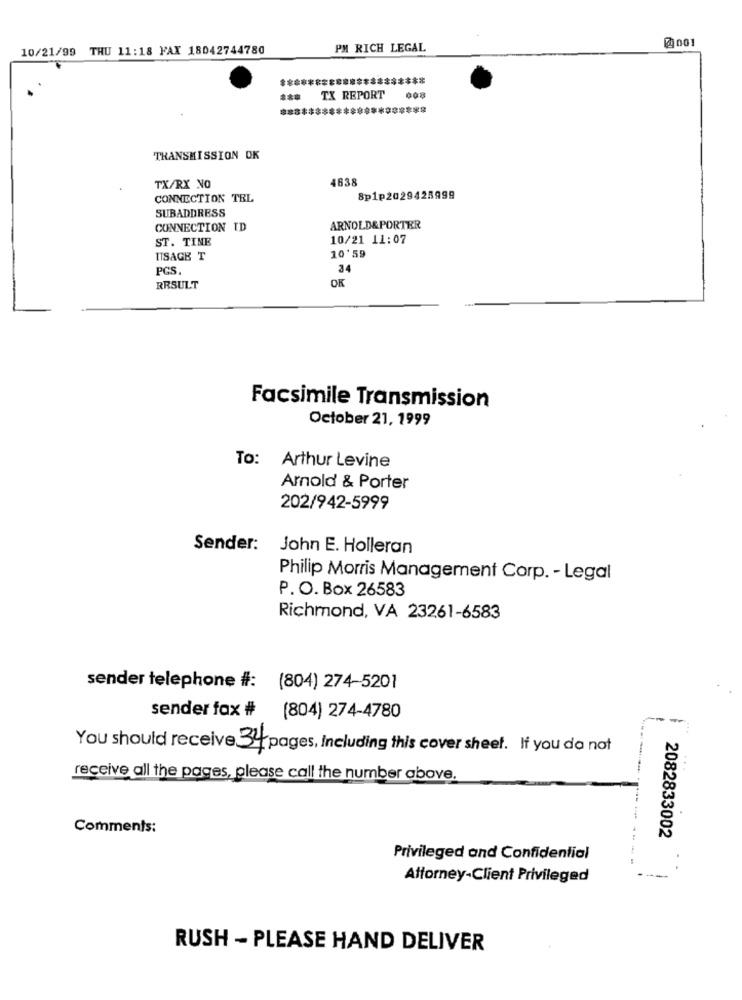
001
10/21/99 THU 11:18 FAX 18042744780
PM RICH LEGAL
TX REPORT
008
TRANSMISSION OK
4638
TX/RX NO
CONNECTION TBL
8p1p2029425999
SUBADDRESS
CONNECTION ID
ARNOLD&PORTER
ST. TINE
10/21 11:07
ISAGE T
10'59
PCS.
34
RESULT
OK
Facsimile Transmission
October 21, 1999
To: Arthur Levine
Arnold & Porter
202/942-5999
Sender: John E. Holleran
Philip Morris Management Corp. - Legal
P. O. Box 26583
Richmond, VA 23261-6583
sender telephone #: (804) 274-5201
sender fax # (804) 274-4780
You should receive 34 pages, Including this cover sheet. If you do not
receive all the pages, please call the number above.
Comments:
2082833002
Privileged and Confidential
Attorney-Client Privileged
RUSH - PLEASE HAND DELIVER